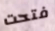
فتحت